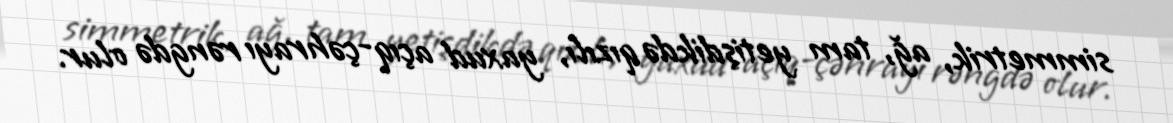
simmetrik, ağ, tam yetişdikdə qızılı, yaxud açıq-çəhrayı rəngdə olur.